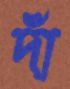
দাঁ